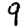
Digit: 9